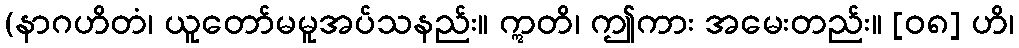
(နာဂဟိတံ၊ ယူတော်မမူအပ်သနည်း။ ဣတိ၊ ဤကား အမေးတည်း။ [၀၈] ဟိ၊